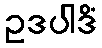
ဥဒပါဒိံ